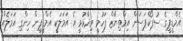
އެމްޑީޕީގެ ސުޕޯކްޕަސަން އިމްތިޔާޒް ފަހުމީ ވިދާޅުވީ އެ އަމަލަކީ އެމްޑީޕީން ހިންގި އަމަލެއް